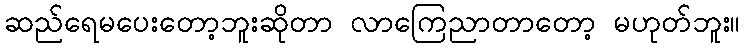
ဆည်ရေမပေးတော့ဘူးဆိုတာ လာကြေညာတာတော့ မဟုတ်ဘူး။